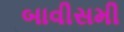
બાવીસમી